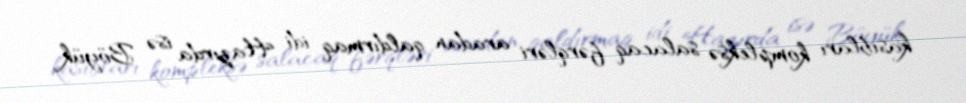
kasıbları kompleksə salacaq fərqləri aradan qaldırmaq idi. Hazırda isə Böyük